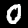
Label: 0